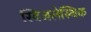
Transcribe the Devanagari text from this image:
स्विजलेस्थिक